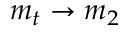
m _ { t } \rightarrow m _ { 2 }